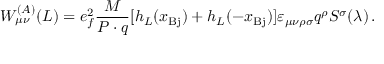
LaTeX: W _ { \mu \nu } ^ { ( A ) } ( L ) = e _ { f } ^ { 2 } { \frac { M } { P \cdot q } } [ h _ { L } ( x _ { \mathrm { B j } } ) + h _ { L } ( - x _ { \mathrm { B j } } ) ] \varepsilon _ { \mu \nu \rho \sigma } q ^ { \rho } S ^ { \sigma } ( \lambda ) \, .